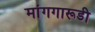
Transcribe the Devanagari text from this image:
मांगगारूडी